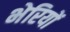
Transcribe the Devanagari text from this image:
भेरियों